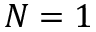
N = 1